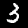
Digit: 3